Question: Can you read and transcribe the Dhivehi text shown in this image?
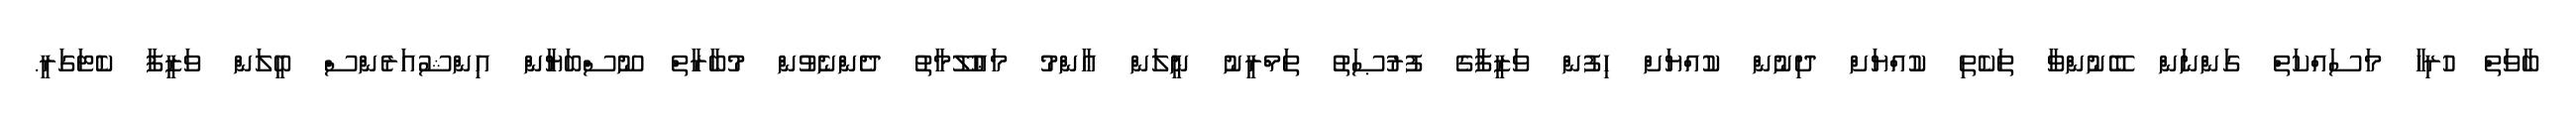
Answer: ބާވަތް ހުރިހާ މަސައްކަތް ގަންނަން ބޭނުންވާ ތަކެތި ކުއްޔަށް ދިނުން ކުއްޔަށް ހިފުން ވަޒީފާގެ ފުރުޞަތު ތަމްރީނު ނީލަން ޢާންމު މަޢުލޫމާތު ދެންނެވުން މުބާރާތް ނޫސްބަޔާން އިންޝުއަރެންސް ބީލަން ވަޒީފާ ކެޓަގަރީ.